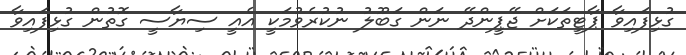
ގުޅިފައިވާ ޕާޓީތަކަށް ޖޭޕީންދޭ ނަން ގަބޫލު ނުކުރެވުމަކީ އެއީ ސިޔާސީ ގޮތުން ގުޅިފައިވާ